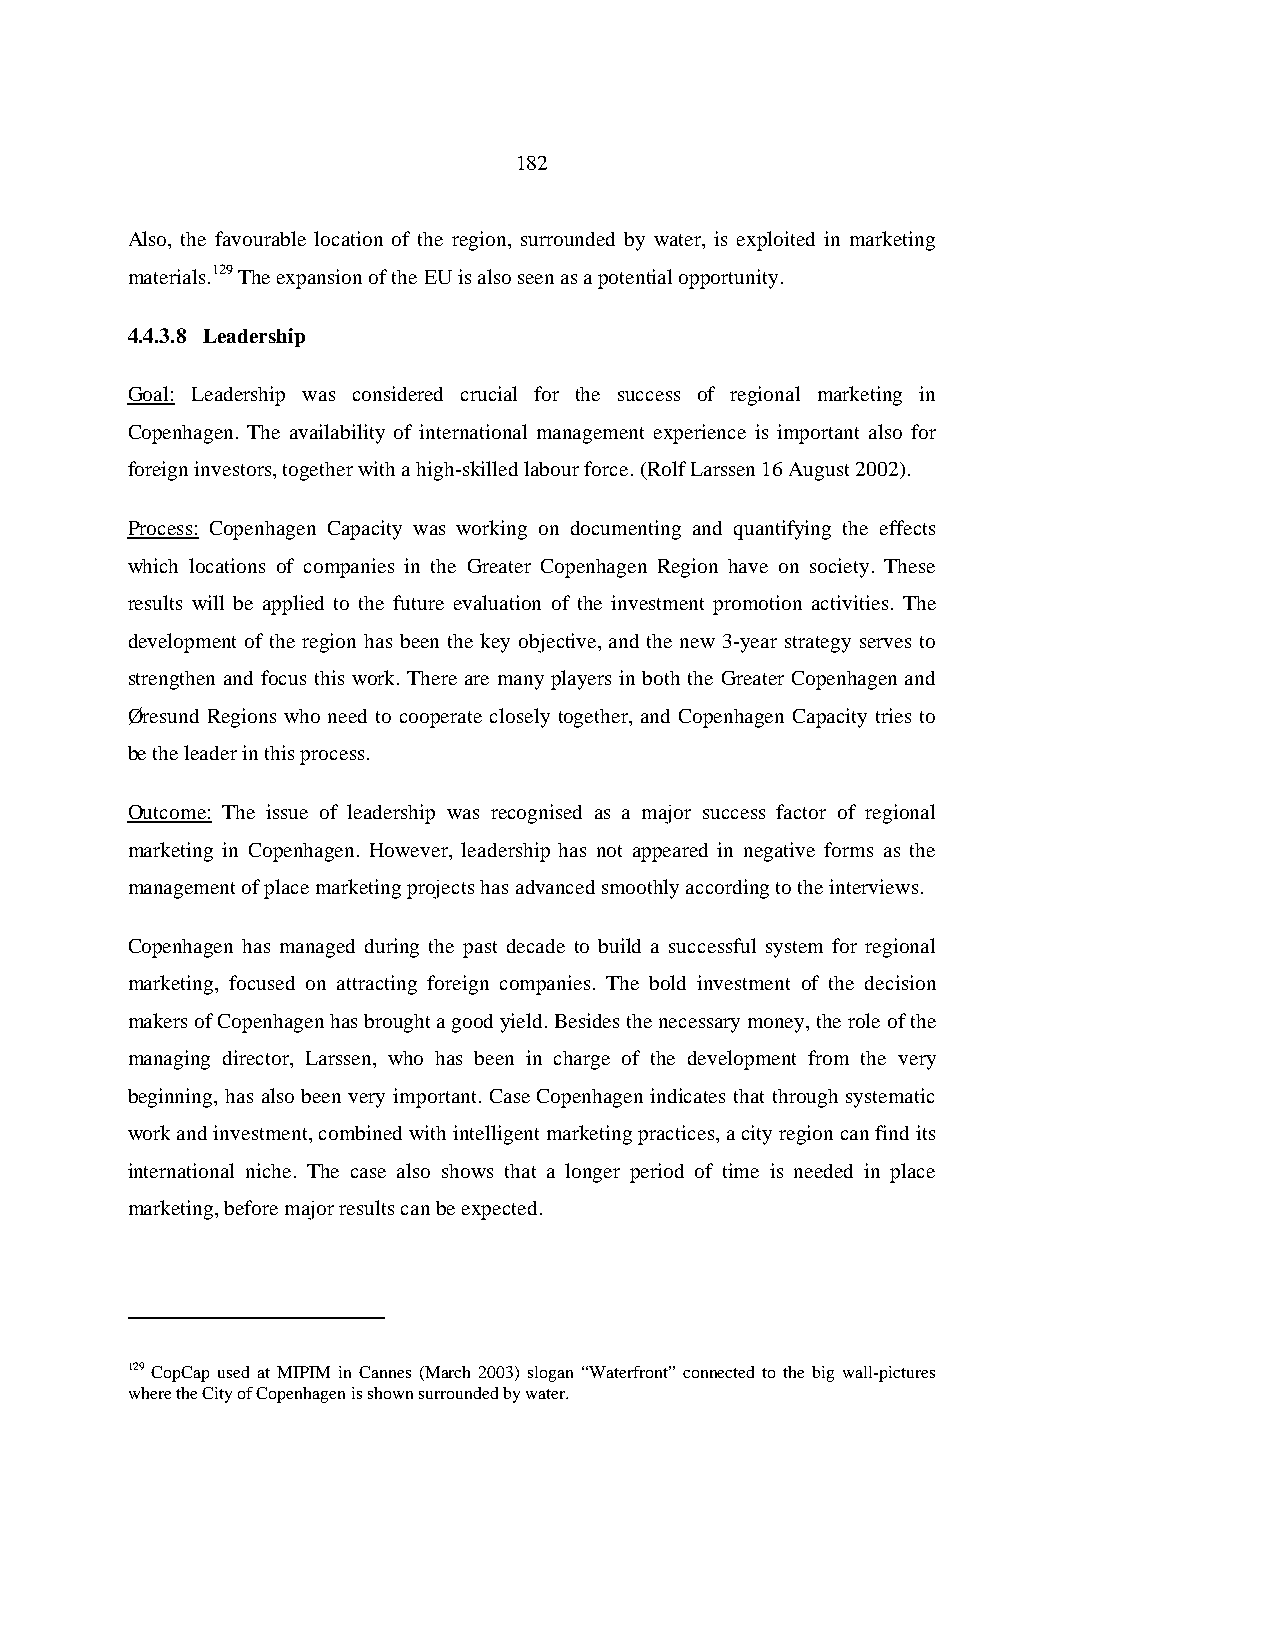
182
 Also, the favourable location of the region, surrounded by water, is exploited in marketing
 materials.129 The expansion of the EU is also seen as a potential opportunity.
 4.4.3.8 Leadership
 Goal: Leadership was considered crucial for the success of regional marketing in
 Copenhagen. The availability of international management experience is important also for
 foreign investors, together with a high-skilled labour force. (Rolf Larssen 16 August 2002).
 Process: Copenhagen Capacity was working on documenting and quantifying the effects
 which locations of companies in the Greater Copenhagen Region have on society. These
 results will be applied to the future evaluation of the investment promotion activities. The
 development of the region has been the key objective, and the new 3-year strategy serves to
 strengthen and focus this work. There are many players in both the Greater Copenhagen and
 Øresund Regions who need to cooperate closely together, and Copenhagen Capacity tries to
 be the leader in this process.
 Outcome: The issue of leadership was recognised as a major success factor of regional
 marketing in Copenhagen. However, leadership has not appeared in negative forms as the
 management of place marketing projects has advanced smoothly according to the interviews.
 Copenhagen has managed during the past decade to build a successful system for regional
 marketing, focused on attracting foreign companies. The bold investment of the decision
 makers of Copenhagen has brought a good yield. Besides the necessary money, the role of the
 managing director, Larssen, who has been in charge of the development from the very
 beginning, has also been very important. Case Copenhagen indicates that through systematic
 work and investment, combined with intelligent marketing practices, a city region can find its
 international niche. The case also shows that a longer period of time is needed in place
 marketing, before major results can be expected.
 129 CopCap used at MIPIM in Cannes (March 2003) slogan “Waterfront” connected to the big wall-pictures
 where the City of Copenhagen is shown surrounded by water.